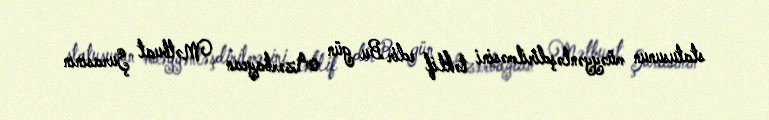
statusunun müəyyənləşdirilməsini təklif edir Bu gün Azərbaycan Mətbuat Şurasının